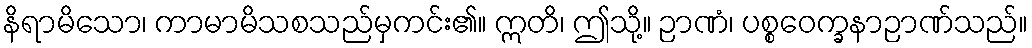
နိရာမိသော၊ ကာမာမိသစသည်မှကင်း၏။ ဣတိ၊ ဤသို့။ ဉာဏံ၊ ပစ္စဝေက္ခနာဉာဏ်သည်။